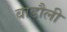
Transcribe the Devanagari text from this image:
बाडौली